Vaccine operations Central Provinces 1900-1911 - 1900-1911
Year: 1900
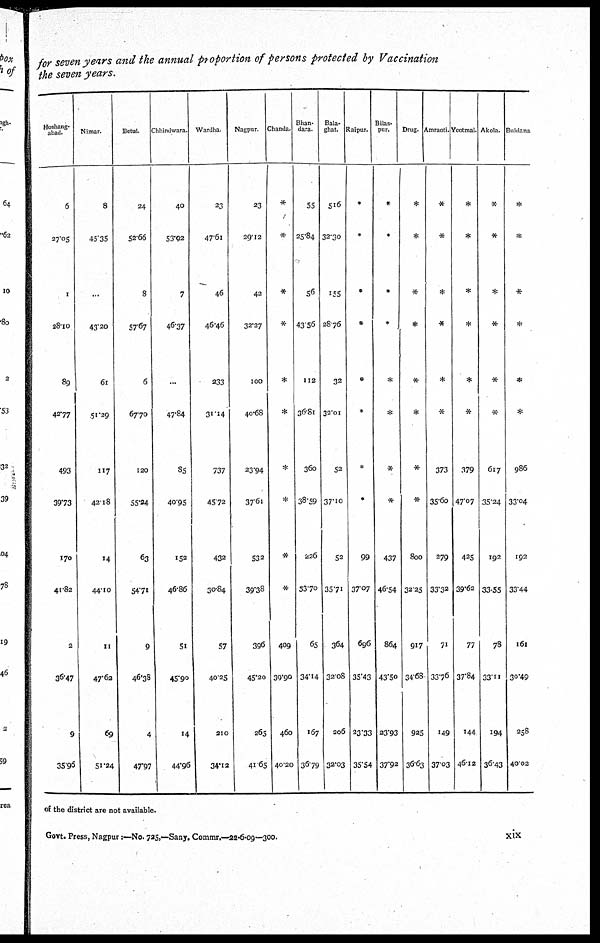
for seven years and the annual proportion of persons protected by Vaccination
the seven years.
Hoshang¬
abad.
6
27.05
1
28.10
89
42.77
493
39.73
170
41.82
2
36.47
9
35.96
Nimar.
8
45.35
...
43.20
61
51.29
117
42.18
14
44.10
11
47.62
69
51.24
Betul.
24
52.66
8
57.67
6
67.70
120
55.24
63
54.71
9
46.35
4
47.97
Chhindwara.
40
53.92
7
46.37
...
47.84
85
40.95
152
46.86
51
45.90
14
44.96
Wardha
23
47.61
46
46.46
233
31.14
737
45.72
432
30.84
57
40.25
210
34.12
Nagpur.
23
29.12
42
32.27
100
40.68
23.94
37.61
532
39.38
396
45.20
265
41.65
Chanda.
*
*
*
*
*
*
*
*
*
*
409
39.90
460
40.20
Bhan¬
dara.
55
25.84
56
43.56
112
36.81
360
38.59
226
33.70
65
34.14
167
36.79
Bala¬
ghat.
516
32.30
155
28.76
32
32.01
52
37.10
52
35.71
364
32.08
206
32.03
Raipur.
*
*
*
*
*
*
*
*
99
37.07
696
35.43
23.33
35.54
Bilas¬
pur.
*
*
*
*
*
*
*
*
437
46.54
864
43.50
23.93
37.92
Drug.
*
*
*
*
*
*
*
*
800
32.25
917
34.68
925
36.63
Amraoti.
*
*
*
*
*
*
373
35.60
279
33.32
71
33.76
149
37.03
Yeotmal.
*
*
*
*
*
*
379
47.07
425
39.62
77
37.84
144
46.12
Akola.
*
*
*
*
*
*
617
35.24
192
33.55
78
33.11
194
36.43
Buldana
*
*
*
*
*
*
986
33.04
192
33.44
161
30.49
258
40.02
of the district are not available.
Govt. Press, Nagpur:—No. 725,—Sany. Commr.—22-6-09—300.
xix